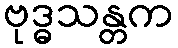
ဗုဒ္ဓသန္တက